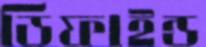
ডিফাইন্ড